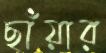
ছাঁয়ার